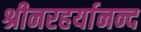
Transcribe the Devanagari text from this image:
श्रीनरहर्यानन्द